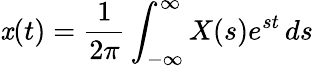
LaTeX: \mathit{x}(t)={\frac{{1}}{{2\pi}}}\int_{-\infty}^{\infty}X(s)e^{st}\, ds